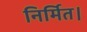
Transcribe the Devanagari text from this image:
निर्मित।